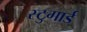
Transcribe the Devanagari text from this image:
स्टुगार्ड